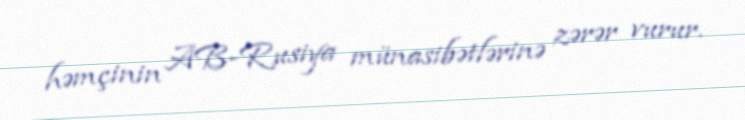
həmçinin AB-Rusiya münasibətlərinə zərər vurur.